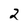
Character: 2